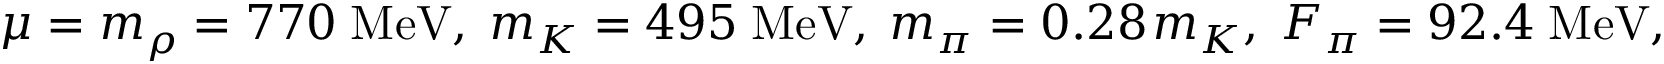
\mu = m _ { \rho } = 7 7 0 \; \mathrm { M e V } , \; m _ { K } = 4 9 5 \; \mathrm { M e V } , \; m _ { \pi } = 0 . 2 8 \: m _ { K } , \; F _ { \pi } = 9 2 . 4 \; \mathrm { M e V , }